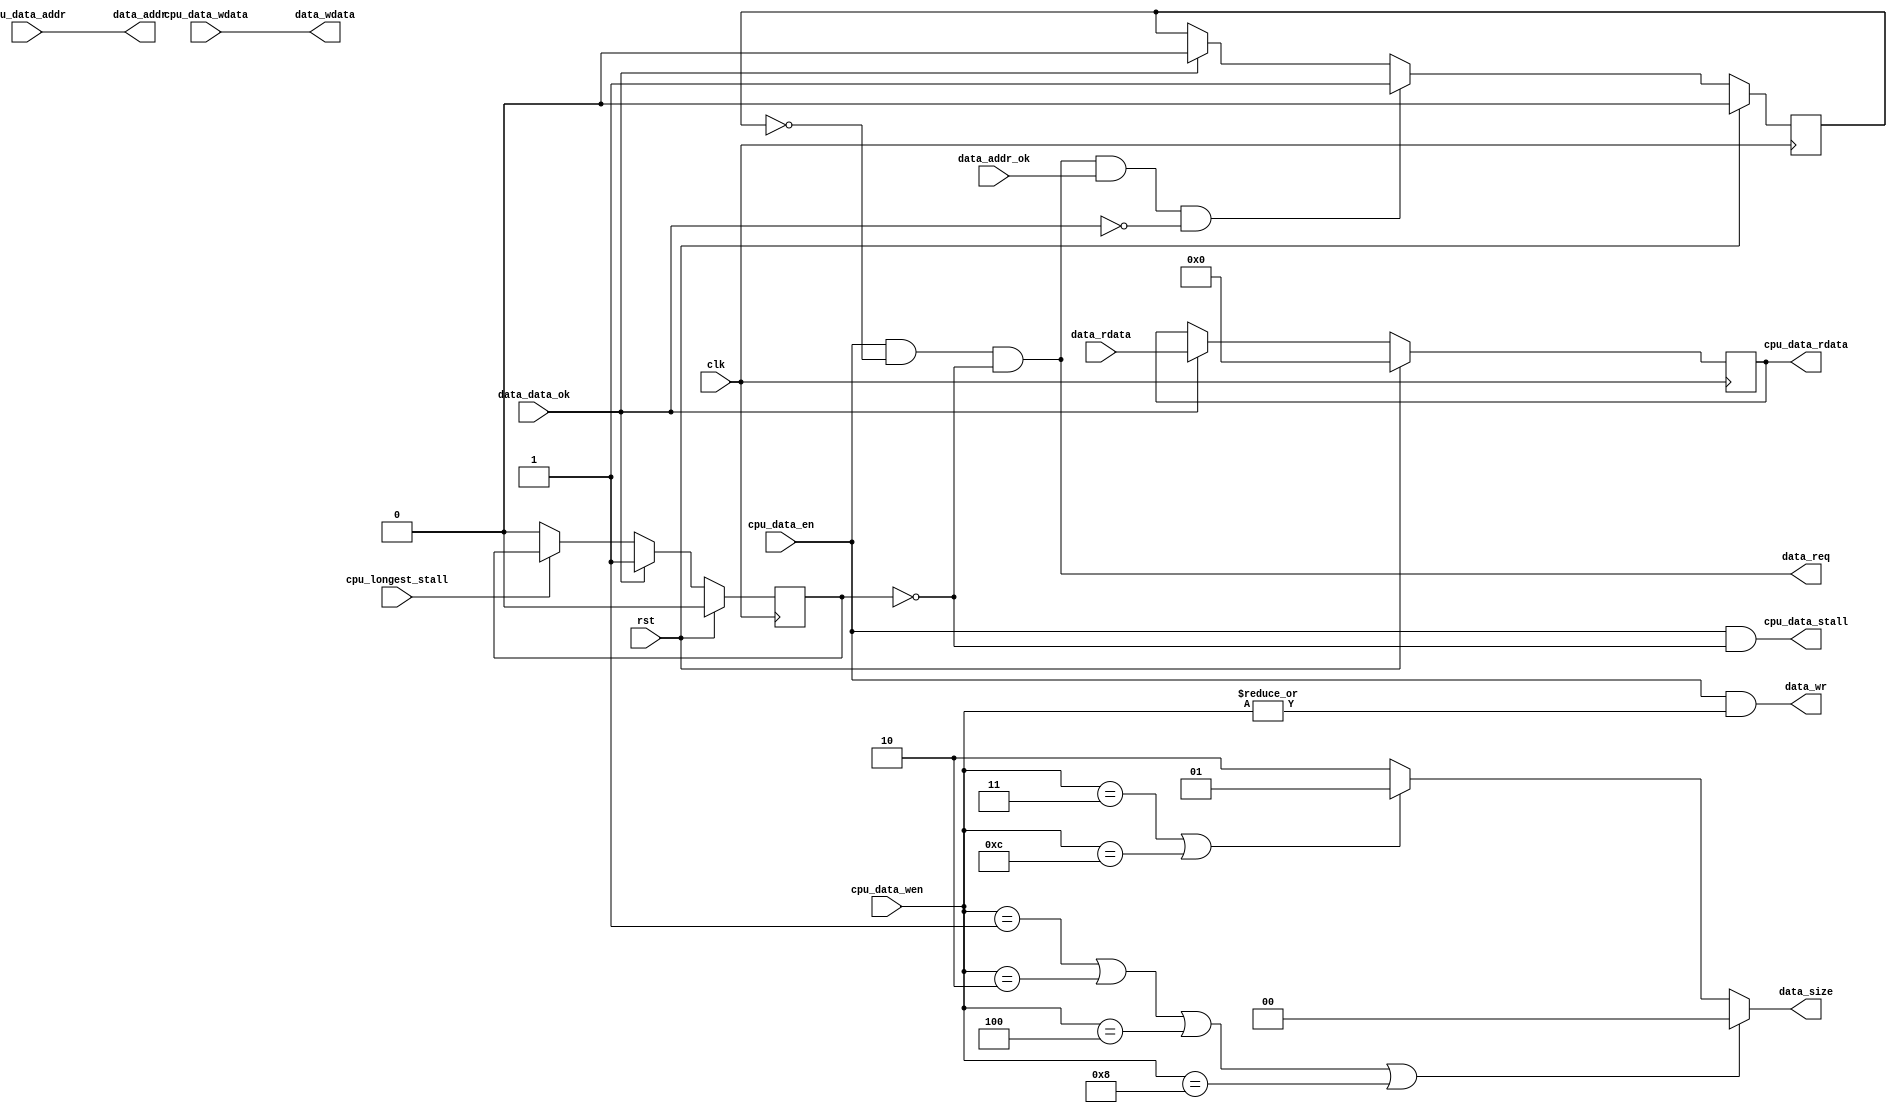
`timescale 1ns / 1ps

module data_sram_like(
    input wire clk,
    input wire rst,
    // input from cpu
    input wire        cpu_data_en   ,
    input wire [3 :0] cpu_data_wen  ,
    input wire [31:0] cpu_data_addr ,
    input wire [31:0] cpu_data_wdata,
    input wire        cpu_longest_stall,
    // output to cpu
    output wire [31:0] cpu_data_rdata,
    output wire        cpu_data_stall,
    // output to bridge
    output wire        data_req    ,
    output wire        data_wr     ,
    output wire [1 :0] data_size   ,
    output wire [31:0] data_addr   ,
    output wire [31:0] data_wdata  ,
    // input from brige
    input wire [31:0] data_rdata   ,
    input wire        data_addr_ok ,
    input wire        data_data_ok
    );
    reg addr_rcv;      // 
    reg do_finish;     // 

    always @(posedge clk) begin
        addr_rcv <= rst          ? 1'b0 :
        // data_reqaddr_rcvaddr_okdata_okdata_ok
                    data_req & data_addr_ok & ~data_data_ok ? 1'b1 : 
        // ()   
                    data_data_ok ? 1'b0 : addr_rcv;
    end

    always @(posedge clk) begin
        do_finish <= rst          ? 1'b0 :
        // data_ok
                     data_data_ok ? 1'b1 :
        // cpu 
                     ~cpu_longest_stall ? 1'b0 : do_finish;
    end

    // save rdata
    reg [31:0] data_rdata_save;
    always @(posedge clk) begin
        data_rdata_save <= rst ? 32'b0:
        // data_ok 
                           data_data_ok ? data_rdata : data_rdata_save;
    end

    // sram like
    assign data_req = cpu_data_en & ~addr_rcv & ~do_finish;
    assign data_wr = cpu_data_en & |cpu_data_wen;
    assign data_size = (cpu_data_wen==4'b0001 || cpu_data_wen==4'b0010 || cpu_data_wen==4'b0100 || cpu_data_wen==4'b1000) ? 2'b00:
                       (cpu_data_wen==4'b0011 || cpu_data_wen==4'b1100 ) ? 2'b01 : 2'b10;
    assign data_addr = cpu_data_addr;
    assign data_wdata = cpu_data_wdata;

    // sram
    assign cpu_data_rdata = data_rdata_save;
    assign cpu_data_stall = cpu_data_en & ~do_finish;
    
endmodule